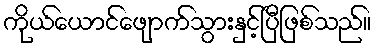
ကိုယ်ယောင်ဖျောက်သွားနှင့်ပြီဖြစ်သည်။